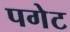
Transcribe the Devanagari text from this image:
पगेट